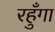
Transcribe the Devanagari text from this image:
रहुँगा